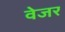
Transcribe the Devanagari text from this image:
वेजर